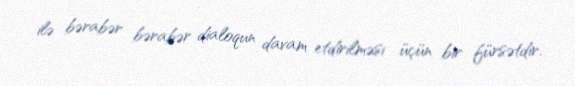
ilə bərabər bərabər dialoqun davam etdirilməsi üçün bir fürsətdir.